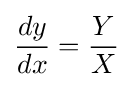
{dy \over dx}={Y \over X}